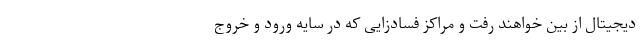
دیجیتال از بین خواهند رفت و مراکز فسادزایی که در سایه ورود و خروج